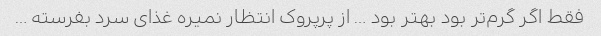
فقط اگر گرم‌تر بود بهتر بود … از پرپروک انتظار نمیره غذای سرد بفرسته …